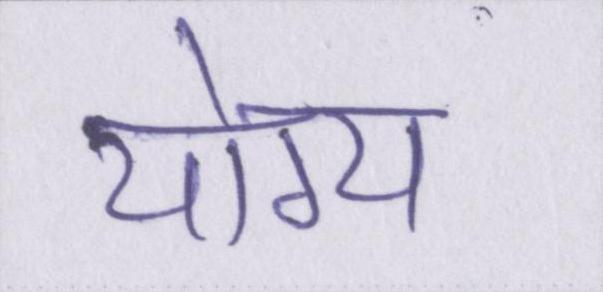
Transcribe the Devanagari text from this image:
योग्य